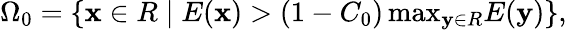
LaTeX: \begin{array}{r}{\Omega_{0}=\left\{ \mathbf x\in R\; \vert\; E(\mathbf x)>(1-C_{0})\, \mathrm{max}_{\mathbf y\in R}E(\mathbf y)\right\} ,}\end{array}